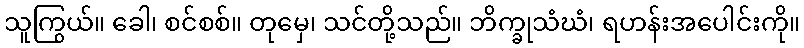
သူကြွယ်။ ခေါ၊ စင်စစ်။ တုမှေ၊ သင်တို့သည်။ ဘိက္ခုသံဃံ၊ ရဟန်းအပေါင်းကို။